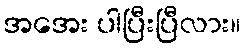
အအေး ပါပြီးပြီလား။